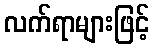
လက်ရာများဖြင့်